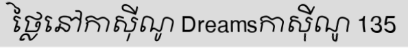
ថ្លៃនៅកាស៊ីណូ Dreamsកាស៊ីណូ 135